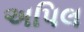
અપિલ